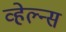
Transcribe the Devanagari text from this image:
व्हेल्न्स